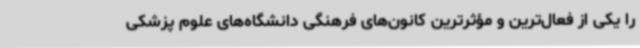
را یکی از فعال‌ترین و مؤثرترین کانون‌های فرهنگی دانشگاه‌های علوم پزشکی